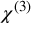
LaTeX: \chi ^ { ( 3 ) }